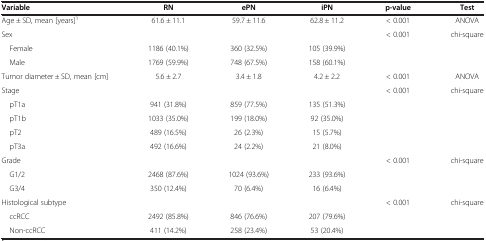
<table><thead><tr><td><b>Variable</b></td><td><b>RN</b></td><td><b>ePN</b></td><td><b>iPN</b></td><td><b>p-value</b></td><td><b>Test</b></td></tr></thead><tbody><tr><td>Age ± SD, mean [years]<sup>1</sup></td><td>61.6 ± 11.1</td><td>59.7 ± 11.6</td><td>62.8 ± 11.2</td><td>&lt; 0.001</td><td>ANOVA</td></tr><tr><td>Sex</td><td> </td><td> </td><td> </td><td>&lt; 0.001</td><td>chi-square</td></tr><tr><td> Female</td><td>1186 (40.1%)</td><td>360 (32.5%)</td><td>105 (39.9%)</td><td> </td><td> </td></tr><tr><td> Male</td><td>1769 (59.9%)</td><td>748 (67.5%)</td><td>158 (60.1%)</td><td> </td><td> </td></tr><tr><td>Tumor diameter ± SD, mean [cm]</td><td>5.6 ± 2.7</td><td>3.4 ± 1.8</td><td>4.2 ± 2.2</td><td>&lt; 0.001</td><td>ANOVA</td></tr><tr><td>Stage</td><td> </td><td> </td><td> </td><td>&lt; 0.001</td><td>chi-square</td></tr><tr><td> pT1a</td><td>941 (31.8%)</td><td>859 (77.5%)</td><td>135 (51.3%)</td><td> </td><td> </td></tr><tr><td> pT1b</td><td>1033 (35.0%)</td><td>199 (18.0%)</td><td>92 (35.0%)</td><td> </td><td> </td></tr><tr><td> pT2</td><td>489 (16.5%)</td><td>26 (2.3%)</td><td>15 (5.7%)</td><td> </td><td> </td></tr><tr><td> pT3a</td><td>492 (16.6%)</td><td>24 (2.2%)</td><td>21 (8.0%)</td><td> </td><td> </td></tr><tr><td>Grade</td><td> </td><td> </td><td> </td><td>&lt; 0.001</td><td>chi-square</td></tr><tr><td> G1/2</td><td>2468 (87.6%)</td><td>1024 (93.6%)</td><td>233 (93.6%)</td><td> </td><td> </td></tr><tr><td> G3/4</td><td>350 (12.4%)</td><td>70 (6.4%)</td><td>16 (6.4%)</td><td> </td><td> </td></tr><tr><td>Histological subtype</td><td> </td><td> </td><td> </td><td>&lt; 0.001</td><td>chi-square</td></tr><tr><td> ccRCC</td><td>2492 (85.8%)</td><td>846 (76.6%)</td><td>207 (79.6%)</td><td> </td><td> </td></tr><tr><td> Non-ccRCC</td><td>411 (14.2%)</td><td>258 (23.4%)</td><td>53 (20.4%)</td><td> </td><td> </td></tr></tbody></table>